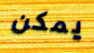
يمكن